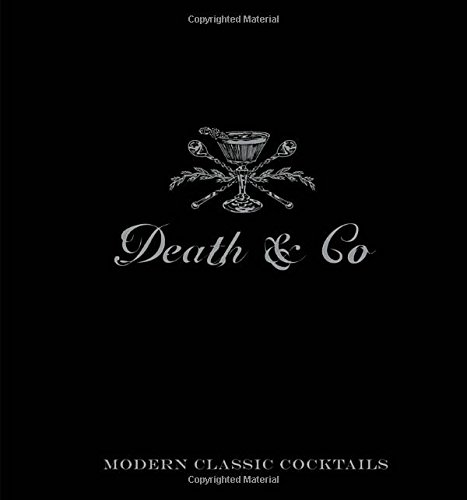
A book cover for Death & Co: Modern Classic Cocktails, with More than 500 Recipes; David Kaplan; Cookbooks, Food & Wine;